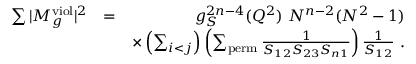
\begin{array} { r l r } { \sum \vert M _ { g } ^ { \mathrm { v i o l } } \vert ^ { 2 } } & { = } & { g _ { S } ^ { 2 n - 4 } ( Q ^ { 2 } ) ~ N ^ { n - 2 } ( N ^ { 2 } - 1 ) } \\ & { } & { \times \left( \sum _ { i < j } \right) \left( \sum _ { \mathrm { p e r m } } \frac { 1 } { S _ { 1 2 } S _ { 2 3 } S _ { n 1 } } \right) \frac { 1 } { S _ { 1 2 } } ~ . } \end{array}